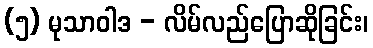
(၅) မုသာဝါဒ - လိမ်လည်ပြောဆိုခြင်း၊